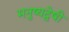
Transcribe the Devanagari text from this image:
मनुष्यद्वेषी